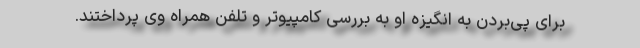
برای پی‌بردن به انگیزه او به بررسی کامپیوتر و تلفن همراه وی پرداختند.